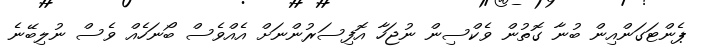
ޕެންޓަގަންއިން ބުނާ ގޮތުން ވެކްސިން ނުޖަހާ އޮފިސަރުންނަށް އެއްވެސް ބޯނަހެއް ވެސް ނުލިބޭނެ